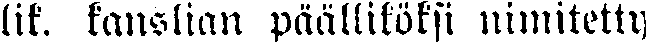
lit, kanslian päälliköksi nimitetty